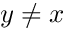
y \ne x